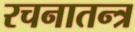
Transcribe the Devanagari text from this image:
रचनातन्त्र